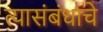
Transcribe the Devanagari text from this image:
त्यासंबंधाचे